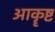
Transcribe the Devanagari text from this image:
आकॄष्ट